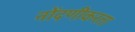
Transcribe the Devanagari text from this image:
नोंदणीकरता